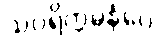
သပရိက္ကမနံပေ